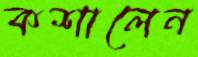
কশালেন